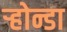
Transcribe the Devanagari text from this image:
ऱ्होन्डा